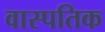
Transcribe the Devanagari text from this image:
वास्पतिक